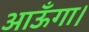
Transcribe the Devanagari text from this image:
आऊँगा।